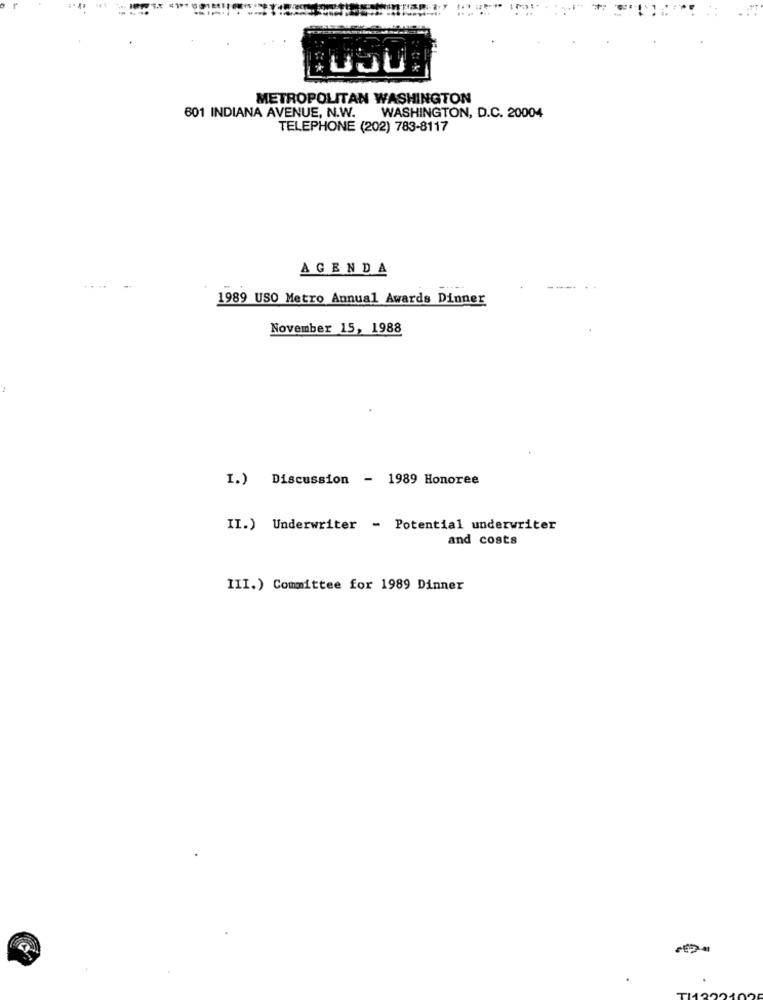
METROPOLITAN WASHINGTON
601 INDIANA AVENUE, N.W. WASHINGTON, D.C. 20004
TELEPHONE (202) 783-8117
AGENDA
1989 USO Metro Annual Awards Dinner
November 15, 1988
I.) Discussion - 1989 Honoree
II.) Underwriter - Potential underwriter
and costs
III.) Committee for 1989 Dinner